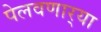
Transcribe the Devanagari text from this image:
पेलवणार्‍या